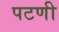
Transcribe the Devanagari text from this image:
पटणी